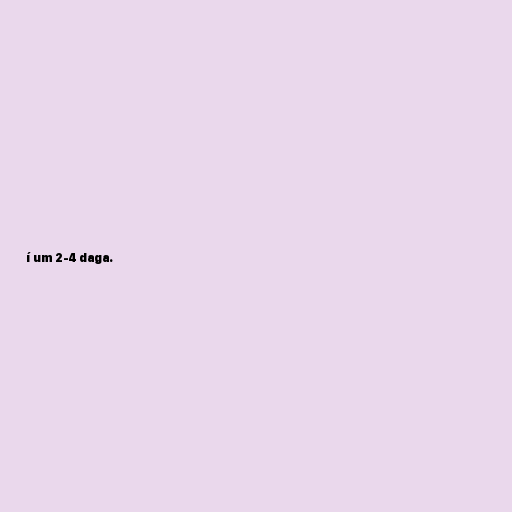
í um 2-4 daga.